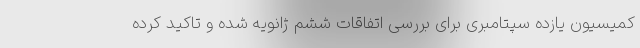
کمیسیون یازده سپتامبری برای بررسی اتفاقات ششم ژانویه شده و تاکید کرده